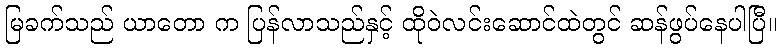
မြခက်သည် ယာတော က ပြန်လာသည်နှင့် ထိုဝဲလင်းဆောင်ထဲတွင် ဆန်ဖွပ်နေပါပြီ။